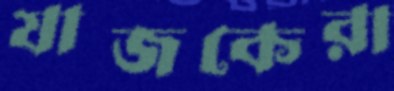
যাজকেরা